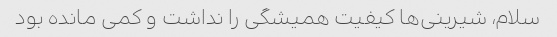
سلام، شیرینی‌ها کیفیت همیشگی را نداشت و کمی مانده بود